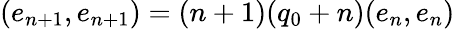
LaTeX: (e_{n+1},e_{n+1})=(n+1)(q_{0}+n)(e_{n},e_{n})